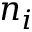
n _ { i }